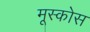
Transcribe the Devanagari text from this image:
मूस्कोस